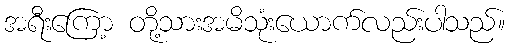
အရီးကြော့ တို့သားအမိသုံးယောက်လည်းပါသည်။